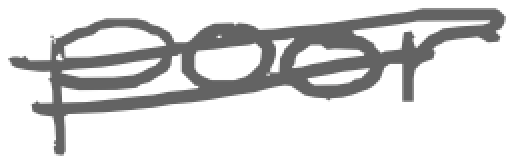
Text: poor
Cross-out: double-line
Writing tool: digital_gray